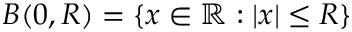
{ B ( 0 , R ) } = \{ x \in \mathbb { R } : | x | \leq R \}